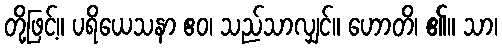
တို့ဖြင့်။ ပရိယေသနာ ဧဝ၊ သည်သာလျှင်။ ဟောတိ၊ ၏။ သာ၊